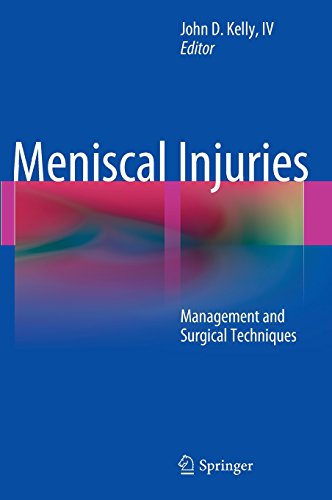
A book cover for Meniscal Injuries: Management and Surgical Techniques; Medical Books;